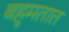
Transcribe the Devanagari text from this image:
बहुमतात